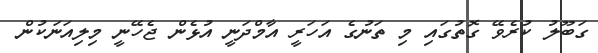
ގަބޫލު ކުރެވޭ ގޮތުގައި މި ތަނުގެ އަހަރީ އާމްދަނީ އުޅެން ޖެހޭނީ މިލިއަނަކުން